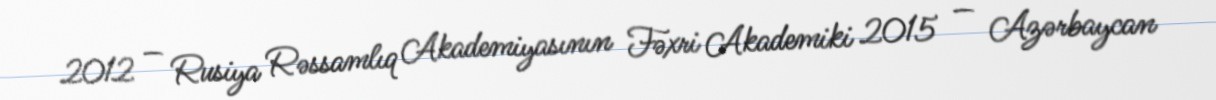
2012 — Rusiya Rəssamlıq Akademiyasının Fəxri Akademiki 2015 — Azərbaycan